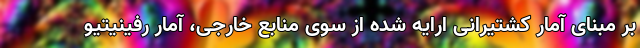
بر مبنای آمار کشتیرانی ارایه شده از سوی منابع خارجی، آمار رفینیتیو